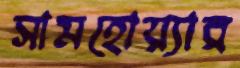
সামহোয়্যার